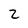
Character: 2